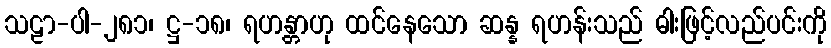
သဠာ-ပါ-၂၈၁၊ ဋ္ဌ-၁၈၊ ရဟန္တာဟု ထင်နေသော ဆန္န ရဟန်းသည် ဓါးဖြင့်လည်ပင်းကို